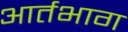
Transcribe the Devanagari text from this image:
आर्तभाग